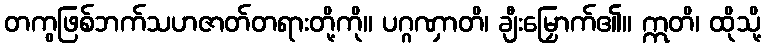
တကွဖြစ်ဘက်သဟဇာတ်တရားတို့ကို။ ပဂ္ဂဏှာတိ၊ ချီးမြှောက်၏။ ဣတိ၊ ထိုသို့